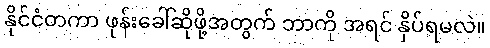
နိုင်ငံတကာ ဖုန်းခေါ်ဆိုဖို့အတွက် ဘာကို အရင် နှိပ်ရမလဲ။